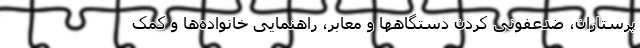
پرستاران، ضدعفونی کردن دستگاهها و معابر، راهنمایی خانواده‌ها و کمک